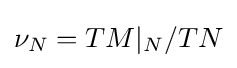
\nu _{N}=TM|_{N}/TN